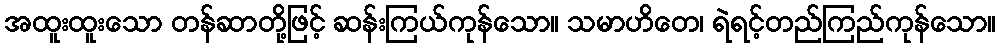
အထူးထူးသော တန်ဆာတို့ဖြင့် ဆန်းကြယ်ကုန်သော။ သမာဟိတေ၊ ရဲရင့်တည်ကြည်ကုန်သော။